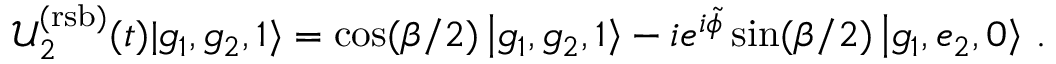
\mathcal { U } _ { 2 } ^ { \mathrm { ( r s b ) } } ( t ) | g _ { 1 } , g _ { 2 } , \boldsymbol { 1 } \rangle = \cos ( \beta / 2 ) \left| g _ { 1 } , g _ { 2 } , \boldsymbol { 1 } \right\rangle - i e ^ { i \tilde { \phi } } \sin ( \beta / 2 ) \left| g _ { 1 } , e _ { 2 } , \boldsymbol { 0 } \right\rangle \, .